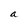
Character: a